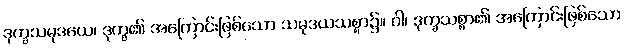
ဒုက္ခသမုဒယေ၊ ဒုက္ခ၏ အကြောင်းဖြစ်သော သမုဒယသစ္စာ၌။ ဝါ၊ ဒုက္ခသစ္စာ၏ အကြောင်းဖြစ်သော